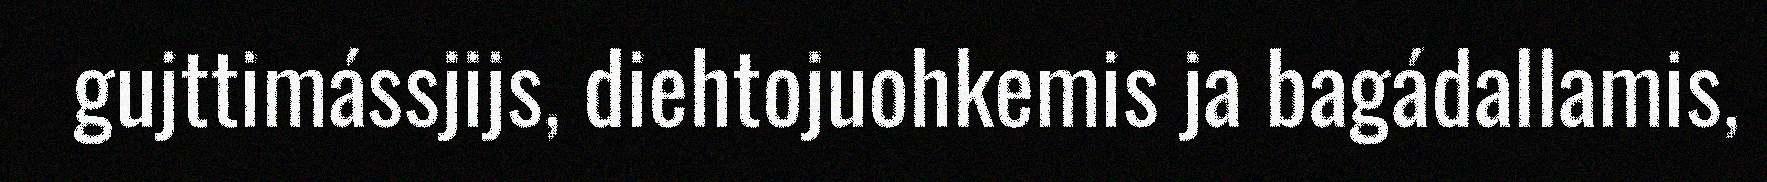
gujttimássjijs, diehtojuohkemis ja bagádallamis,